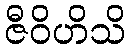
ဇီဝိဟိသိ